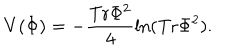
V ( \Phi ) = - { \frac { \mathrm { T r } \Phi ^ { 2 } } { 4 } } \mathrm { l n } ( \mathrm { T r } \Phi ^ { 2 } ) .